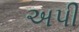
અપી